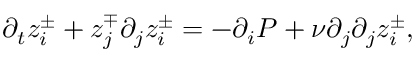
\partial _ { t } z _ { i } ^ { \pm } + z _ { j } ^ { \mp } \partial _ { j } z _ { i } ^ { \pm } = - \partial _ { i } P + \nu \partial _ { j } \partial _ { j } z _ { i } ^ { \pm } ,